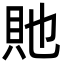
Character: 貤